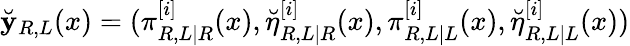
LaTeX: \breve{\mathbf{y}}_{R,L}(x)=(\pi_{R,L|R}^{[i]}(x),\breve{\eta}_{R,L|R}^{[i]}(x),\pi_{R,L|L}^{[i]}(x),\breve{\eta}_{R,L|L}^{[i]}(x))